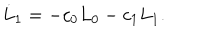
LaTeX: \dot { L } _ { 1 } = - c _ { 0 } L _ { 0 } - c _ { 1 } L _ { 1 } .